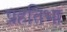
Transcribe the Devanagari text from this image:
प्रहतिभा